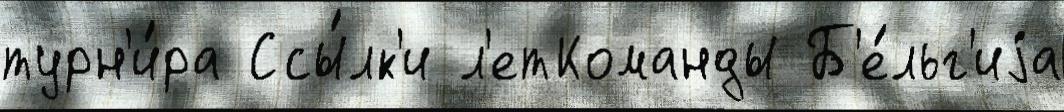
турн'и́ра Ссы́лк'и л'етКоманды Б'е́льг'иjа